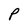
Character: P